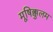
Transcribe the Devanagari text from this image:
मूषिक्कुलम